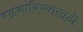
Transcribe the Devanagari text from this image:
बळकाविण्यासाठी